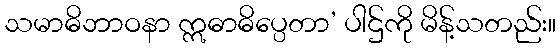
သမာဓိဘာဝနာ ဣဓာဓိပ္ပေတာ’ ပါဌ်ကို မိန့်သတည်း။